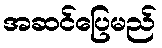
အဆင်ပြေမည်